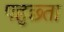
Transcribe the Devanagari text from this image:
पहुछ्ता